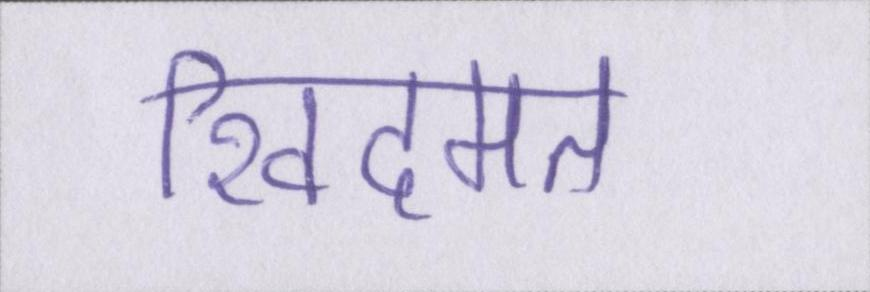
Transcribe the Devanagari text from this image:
खिदमत